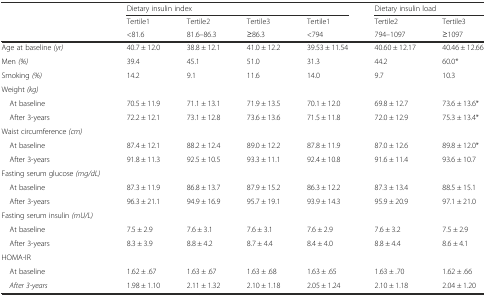
<table><thead><tr><td></td><td colspan="4"><b>Dietary insulin index</b></td><td colspan="2"><b>Dietary insulin load</b></td></tr><tr><td></td><td><b>Tertile1</b></td><td><b>Tertile2</b></td><td><b>Tertile3</b></td><td><b>Tertile1</b></td><td><b>Tertile2</b></td><td><b>Tertile3</b></td></tr><tr><td></td><td><b>&lt;81.6</b></td><td><b>81.6–86.3</b></td><td><b>≥86.3</b></td><td><b>&lt;794</b></td><td><b>794–1097</b></td><td><b>≥1097</b></td></tr></thead><tbody><tr><td>Age at baseline <i>(yr)</i></td><td>40.7 ± 12.0</td><td>38.8 ± 12.1</td><td>41.0 ± 12.2</td><td>39.53 ± 11.54</td><td>40.60 ± 12.17</td><td>40.46 ± 12.66</td></tr><tr><td>Men <i>(%)</i></td><td>39.4</td><td>45.1</td><td>51.0</td><td>31.3</td><td>44.2</td><td>60.0*</td></tr><tr><td>Smoking <i>(%)</i></td><td>14.2</td><td>9.1</td><td>11.6</td><td>14.0</td><td>9.7</td><td>10.3</td></tr><tr><td>Weight <i>(kg)</i></td><td></td><td></td><td></td><td></td><td></td><td></td></tr><tr><td> At baseline</td><td>70.5 ± 11.9</td><td>71.1 ± 13.1</td><td>71.9 ± 13.5</td><td>70.1 ± 12.0</td><td>69.8 ± 12.7</td><td>73.6 ± 13.6*</td></tr><tr><td> After 3-years</td><td>72.2 ± 12.1</td><td>73.1 ± 12.8</td><td>73.6 ± 13.6</td><td>71.5 ± 11.8</td><td>72.0 ± 12.9</td><td>75.3 ± 13.4*</td></tr><tr><td>Waist circumference <i>(cm)</i></td><td></td><td></td><td></td><td></td><td></td><td></td></tr><tr><td> At baseline</td><td>87.4 ± 12.1</td><td>88.2 ± 12.4</td><td>89.0 ± 12.2</td><td>87.8 ± 11.9</td><td>87.0 ± 12.6</td><td>89.8 ± 12.0*</td></tr><tr><td> After 3-years</td><td>91.8 ± 11.3</td><td>92.5 ± 10.5</td><td>93.3 ± 11.1</td><td>92.4 ± 10.8</td><td>91.6 ± 11.4</td><td>93.6 ± 10.7</td></tr><tr><td>Fasting serum glucose <i>(mg/dL)</i></td><td></td><td></td><td></td><td></td><td></td><td></td></tr><tr><td> At baseline</td><td>87.3 ± 11.9</td><td>86.8 ± 13.7</td><td>87.9 ± 15.2</td><td>86.3 ± 12.2</td><td>87.3 ± 13.4</td><td>88.5 ± 15.1</td></tr><tr><td> After 3-years</td><td>96.3 ± 21.1</td><td>94.9 ± 16.9</td><td>95.7 ± 19.1</td><td>93.9 ± 14.3</td><td>95.9 ± 20.9</td><td>97.1 ± 21.0</td></tr><tr><td>Fasting serum insulin <i>(mU/L)</i></td><td></td><td></td><td></td><td></td><td></td><td></td></tr><tr><td> At baseline</td><td>7.5 ± 2.9</td><td>7.6 ± 3.1</td><td>7.6 ± 3.1</td><td>7.6 ± 2.9</td><td>7.6 ± 3.2</td><td>7.5 ± 2.9</td></tr><tr><td> After 3-years</td><td>8.3 ± 3.9</td><td>8.8 ± 4.2</td><td>8.7 ± 4.4</td><td>8.4 ± 4.0</td><td>8.8 ± 4.4</td><td>8.6 ± 4.1</td></tr><tr><td>HOMA-IR</td><td></td><td></td><td></td><td></td><td></td><td></td></tr><tr><td> At baseline</td><td>1.62 ± .67</td><td>1.63 ± .67</td><td>1.63 ± .68</td><td>1.63 ± .65</td><td>1.63 ± .70</td><td>1.62 ± .66</td></tr><tr><td> <i>After 3-years</i></td><td>1.98 ± 1.10</td><td>2.11 ± 1.32</td><td>2.10 ± 1.18</td><td>2.05 ± 1.24</td><td>2.10 ± 1.18</td><td>2.04 ± 1.20</td></tr></tbody></table>